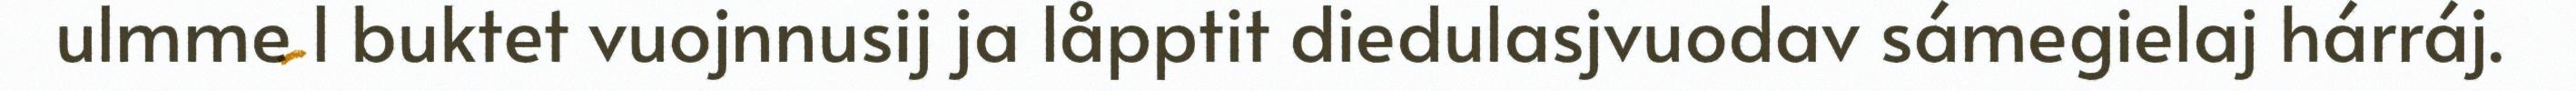
ulmme l buktet vuojnnusij ja låpptit diedulasjvuodav sámegielaj hárráj.